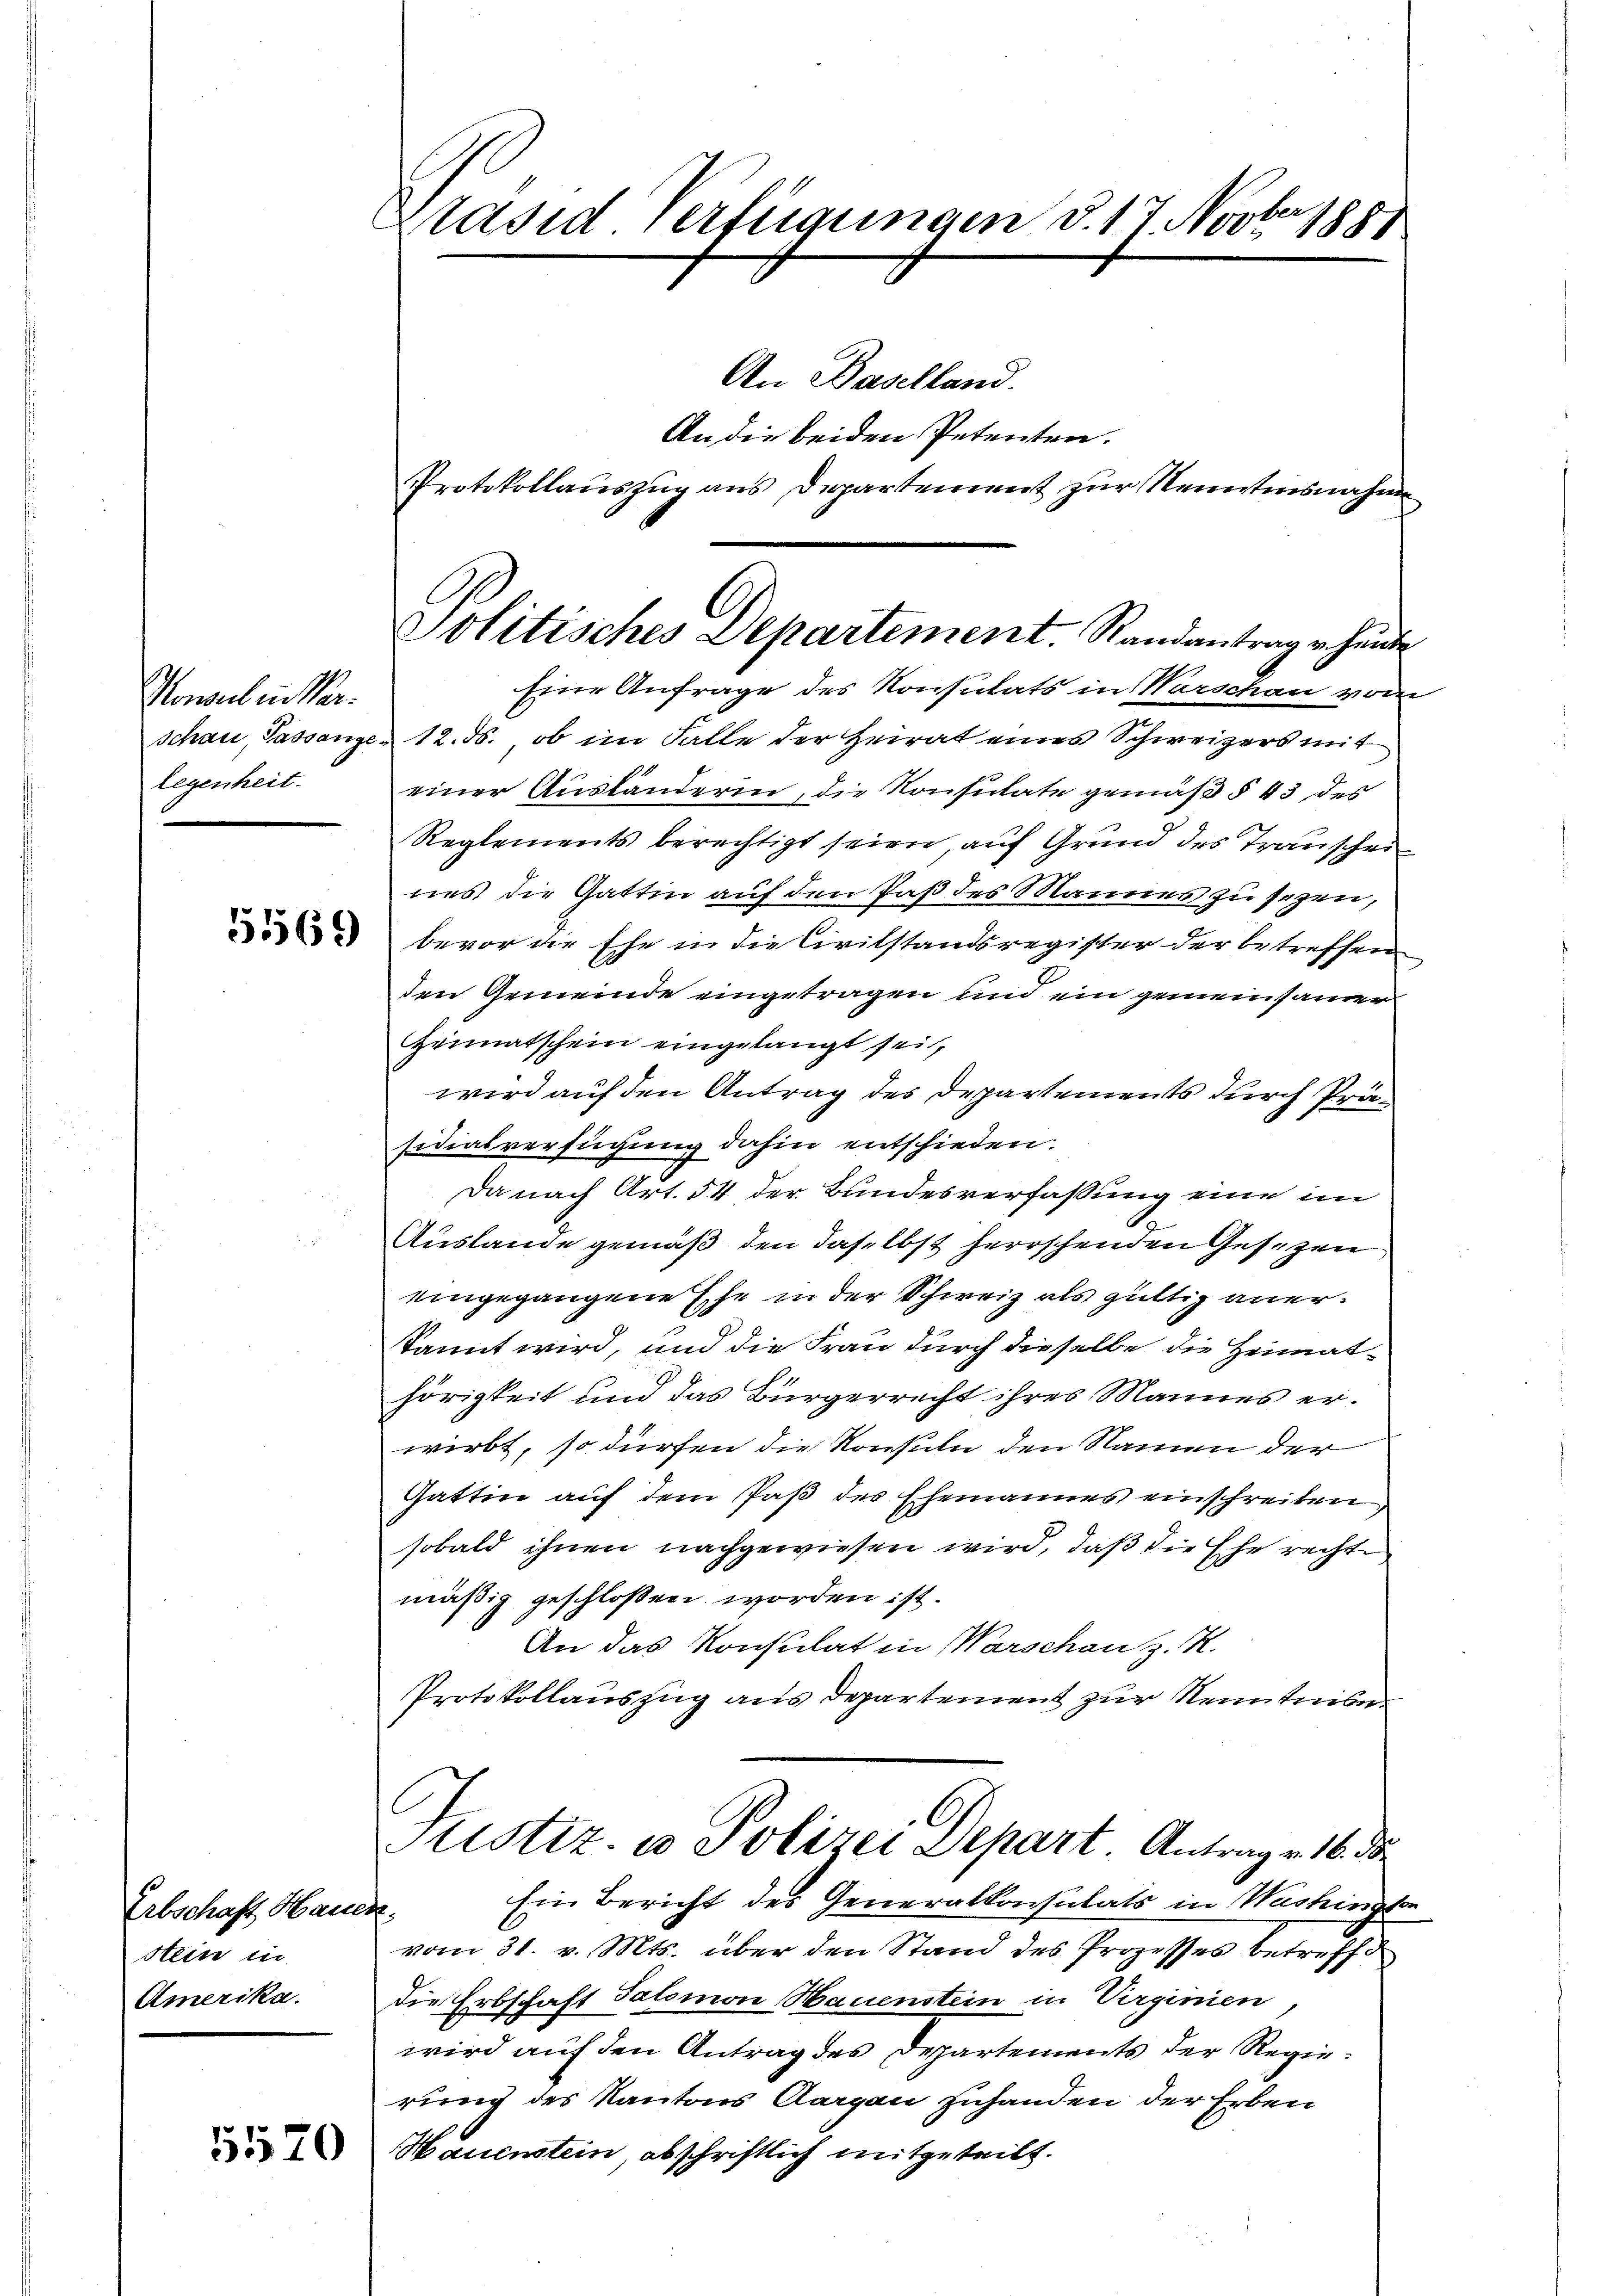
Konsul in Verschau, Passange
legenheit.

5569

Erbschaft Ham
Stein in
Amerika.

5570

Präsid Verfügungen d. 17. Novbersp

An Baselland.
An die beiden Petenten.
Protokollauszug aus Departement zur Nenntnisnahme
Eine Anfrage des Konsulats in Warschau vom
12. ds., ob im Falle der Heirat eines Schweizers mit
einer Ausländeren, die Konsulate gemäß § 43 des
Reglements berechtigt seien, auf Grund des Transchei
nes die Gattin auf den Paß des Mannes zu sezen,
bevor die Ehe in die Civilstandsregister der betreffen
den Gemeinde eingetragen und ein gemeinsamer
Heimatschein eingelangt sei,
wird auf den Antrag des Departements durch Präsidialverfügung dahin entschieden.
Da nach Art. 54 der Bundesverfassung eine im
Auslande gemäß, den daselbst herrschenden Gesezen
eingegangene Ehe in der Schweiz als gültig anerkannt wird, und die Frau durch dieselbe die Heimathörigkeit und das Bürgerrecht ihres Mannes erwirbt, so dürfen die Konsuln den Namen der
Gattin auf dem Paß des Ehemannes einschreiben
sobald ihnen nachgewiesen wird, daß die Ehe rechte
mäßig geschlossen worden ist.
An das Konsulat in Warschanz. K.
Protokollauszug aus Departement zur Kenntnisn
Justiz- u Polizei Depart Antrag v. 16. die
Ein Bericht des Generalkonsulats in Washingten
.
vom 31. v. Mts. über den Stand des Prozesses betreffe
die Erbschaft Salomon Hauenstein in Virginien
wird auf den Antrag des Departements der Regierung des Kantons Aargau zuhanden der Erben
Hauenstein abschriftlich mitgeteilt.

Politisches Departement. Randantrage hunde